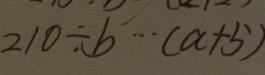
2 1 0 \div b \cdots ( a + 5 )